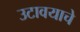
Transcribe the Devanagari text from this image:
उटावयाचे